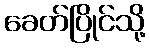
ခေတ်ပြိုင်သို့